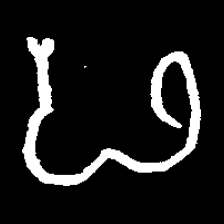
Pyu character \u2014 Myanmar letter: ဖ (romanized: pha)